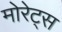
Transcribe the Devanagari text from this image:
मोरेट्स